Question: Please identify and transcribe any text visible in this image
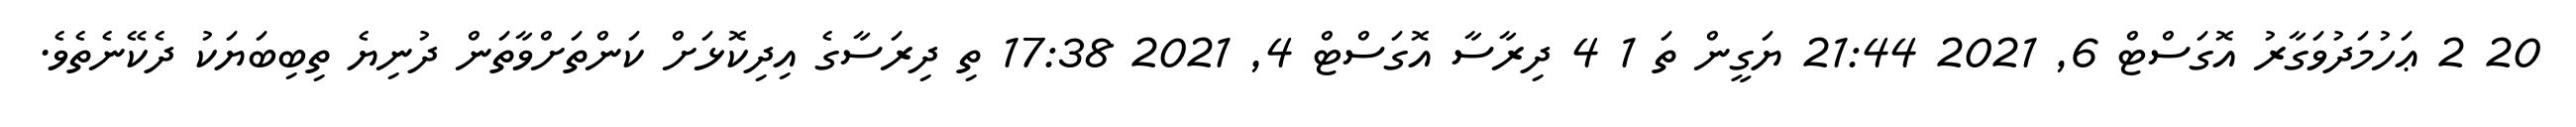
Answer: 20 2 ޢަހުމަދުވަގާރު އޮގަސްޓް 6, 2021 21:44 ޔަގީން ތަ 1 4 ދިރާސާ އޮގަސްޓް 4, 2021 17:38 ތި ދިރަސާގެ އިދިކޮޅަށް ކަންތަށްވާތަން ދުނިޔެ ތިބިބަޔަކު ދެކޭނެތެވެ.